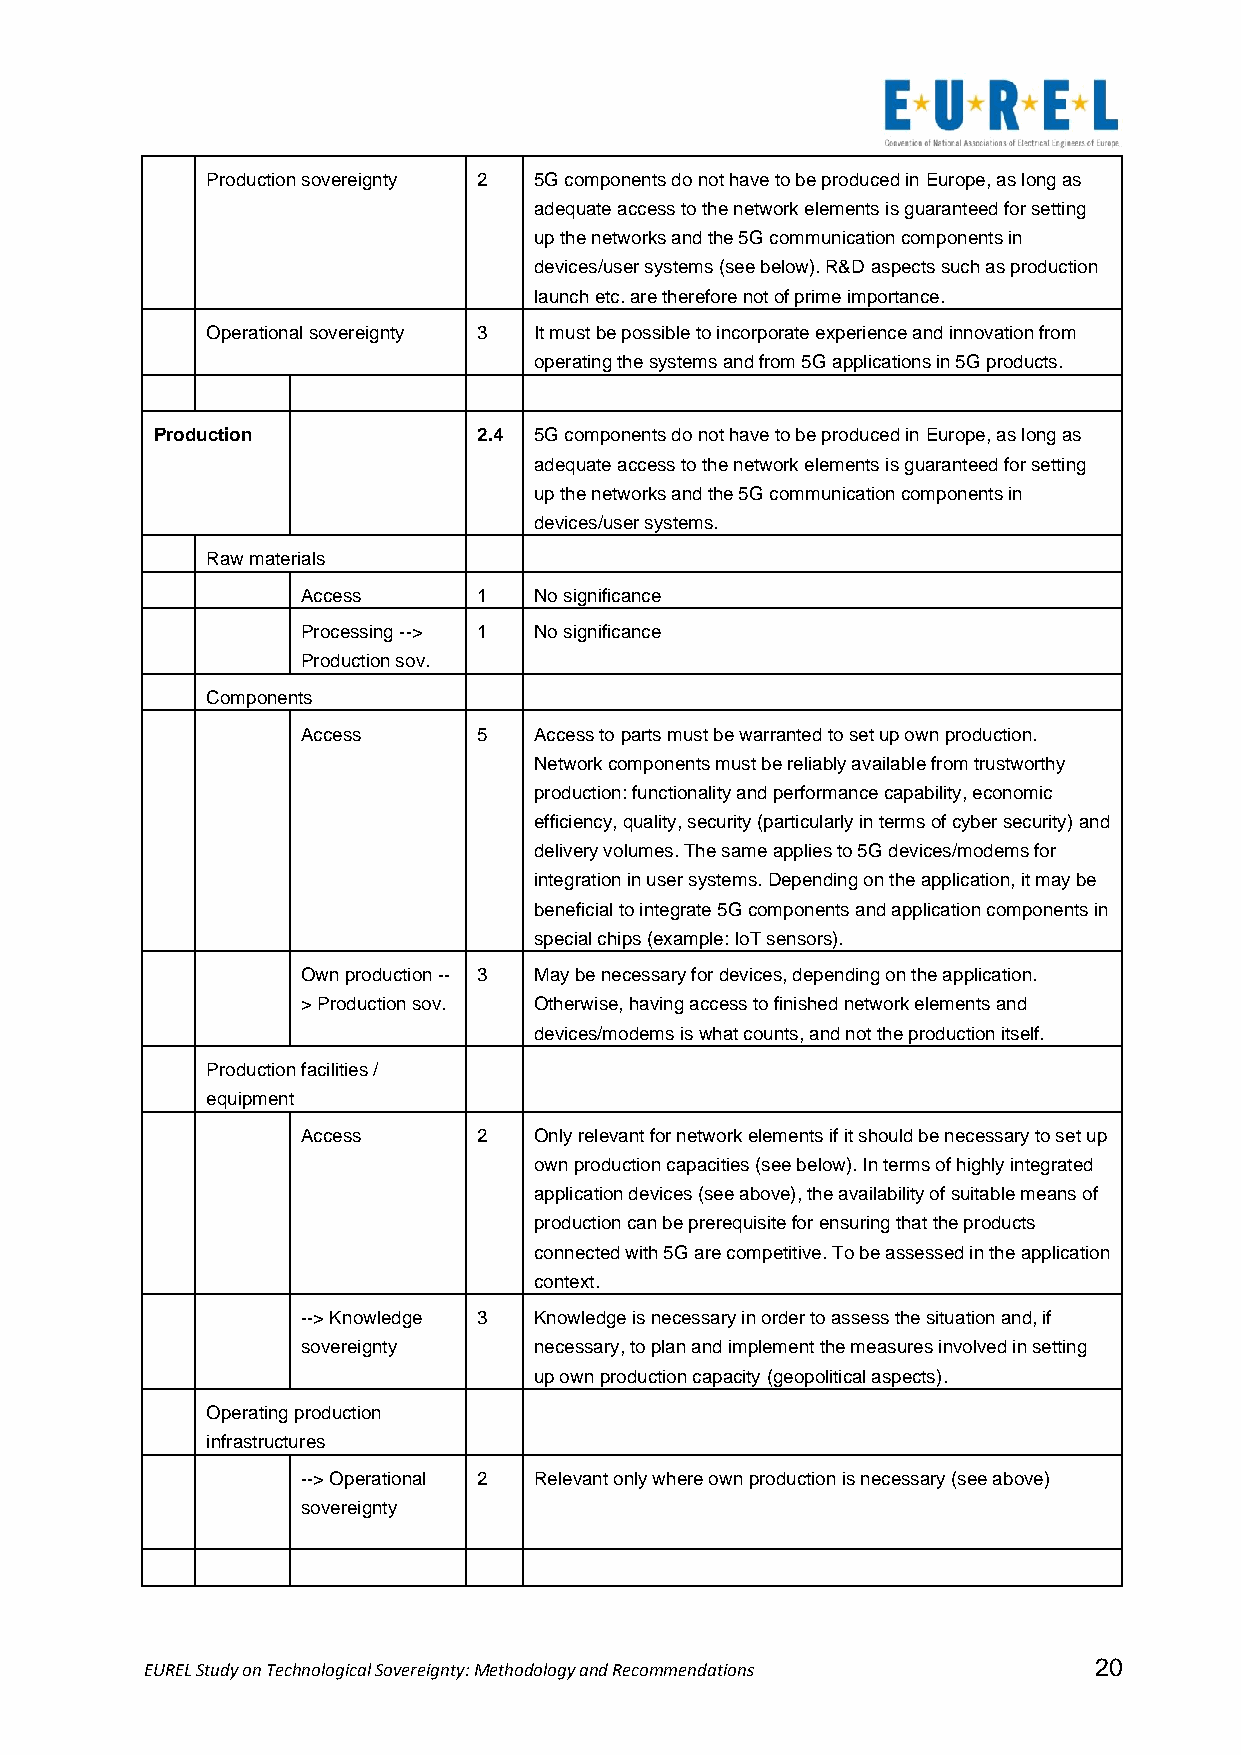
Production sovereignty 2 5G components do not have to be produced in Europe, as long as
 adequate access to the network elements is guaranteed for setting
 up the networks and the 5G communication components in
 devices/user systems (see below). R&D aspects such as production
 launch etc. are therefore not of prime importance.
 Operational sovereignty 3 It must be possible to incorporate experience and innovation from
 operating the systems and from 5G applications in 5G products.
 Production            2.4 5G components do not have to be produced in Europe, as long as
 adequate access to the network elements is guaranteed for setting
 up the networks and the 5G communication components in
 devices/user systems.
 Raw materials
 Access      1  No significance
 Processing --> 1 No significance
 Production sov.
 Components
 Access      5  Access to parts must be warranted to set up own production.
 Network components must be reliably available from trustworthy
 production: functionality and performance capability, economic
 efficiency, quality, security (particularly in terms of cyber security) and
 delivery volumes. The same applies to 5G devices/modems for
 integration in user systems. Depending on the application, it may be
 beneficial to integrate 5G components and application components in
 special chips (example: IoT sensors).
 Own production -- 3 May be necessary for devices, depending on the application.
 > Production sov. Otherwise, having access to finished network elements and
 devices/modems is what counts, and not the production itself.
 Production facilities /
 equipment
 Access      2  Only relevant for network elements if it should be necessary to set up
 own production capacities (see below). In terms of highly integrated
 application devices (see above), the availability of suitable means of
 production can be prerequisite for ensuring that the products
 connected with 5G are competitive. To be assessed in the application
 context.
 --> Knowledge 3 Knowledge is necessary in order to assess the situation and, if
 sovereignty    necessary, to plan and implement the measures involved in setting
 up own production capacity (geopolitical aspects).
 Operating production
 infrastructures
 --> Operational 2 Relevant only where own production is necessary (see above)
 sovereignty
 EUREL Study on Technological Sovereignty: Methodology and Recommendations 20